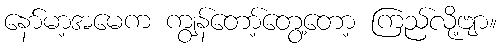
နော်မာ့အမေက ကျွန်တော့်တွေ့တော့ ကြည်လို့ဗျာ။